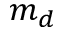
m _ { d }